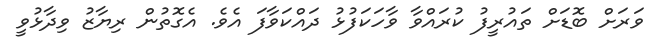
ވަރަށް ބޮޑަށް ތައުރީފު ކުރައްވާ ވާހަކަފުޅު ދައްކަވާފަ އެވެ. އެގޮތުން ރިޔާޒު ވިދާޅުވީ